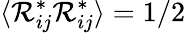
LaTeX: \langle\mathcal{R}_{ij}^{*}\mathcal{R}_{ij}^{*}\rangle=1/2